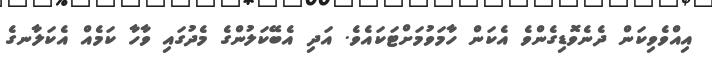
އިއްވެވިކަން ދެނެވޮޑިގެންވެ އެކަން ހާމަވުމަށްޓަކައެވެ. އަދި އެބޭކަލުންގެ މެދުގައި ވާހާ ކަމެއް އެކަލާނގެ